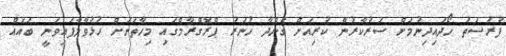
ފުރުސަތު ހޯދައިދިނުމަށް ސަރުކާރުން ކުރިއަށް ގެންދާ ހުނަރު ޕްރޮގްރާމްގައި މިހާތަނަށް ހުޅުވާލާފައިވަނީ ބައެއް